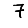
Digit: 7